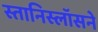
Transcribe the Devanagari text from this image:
स्तानिस्लॉसने